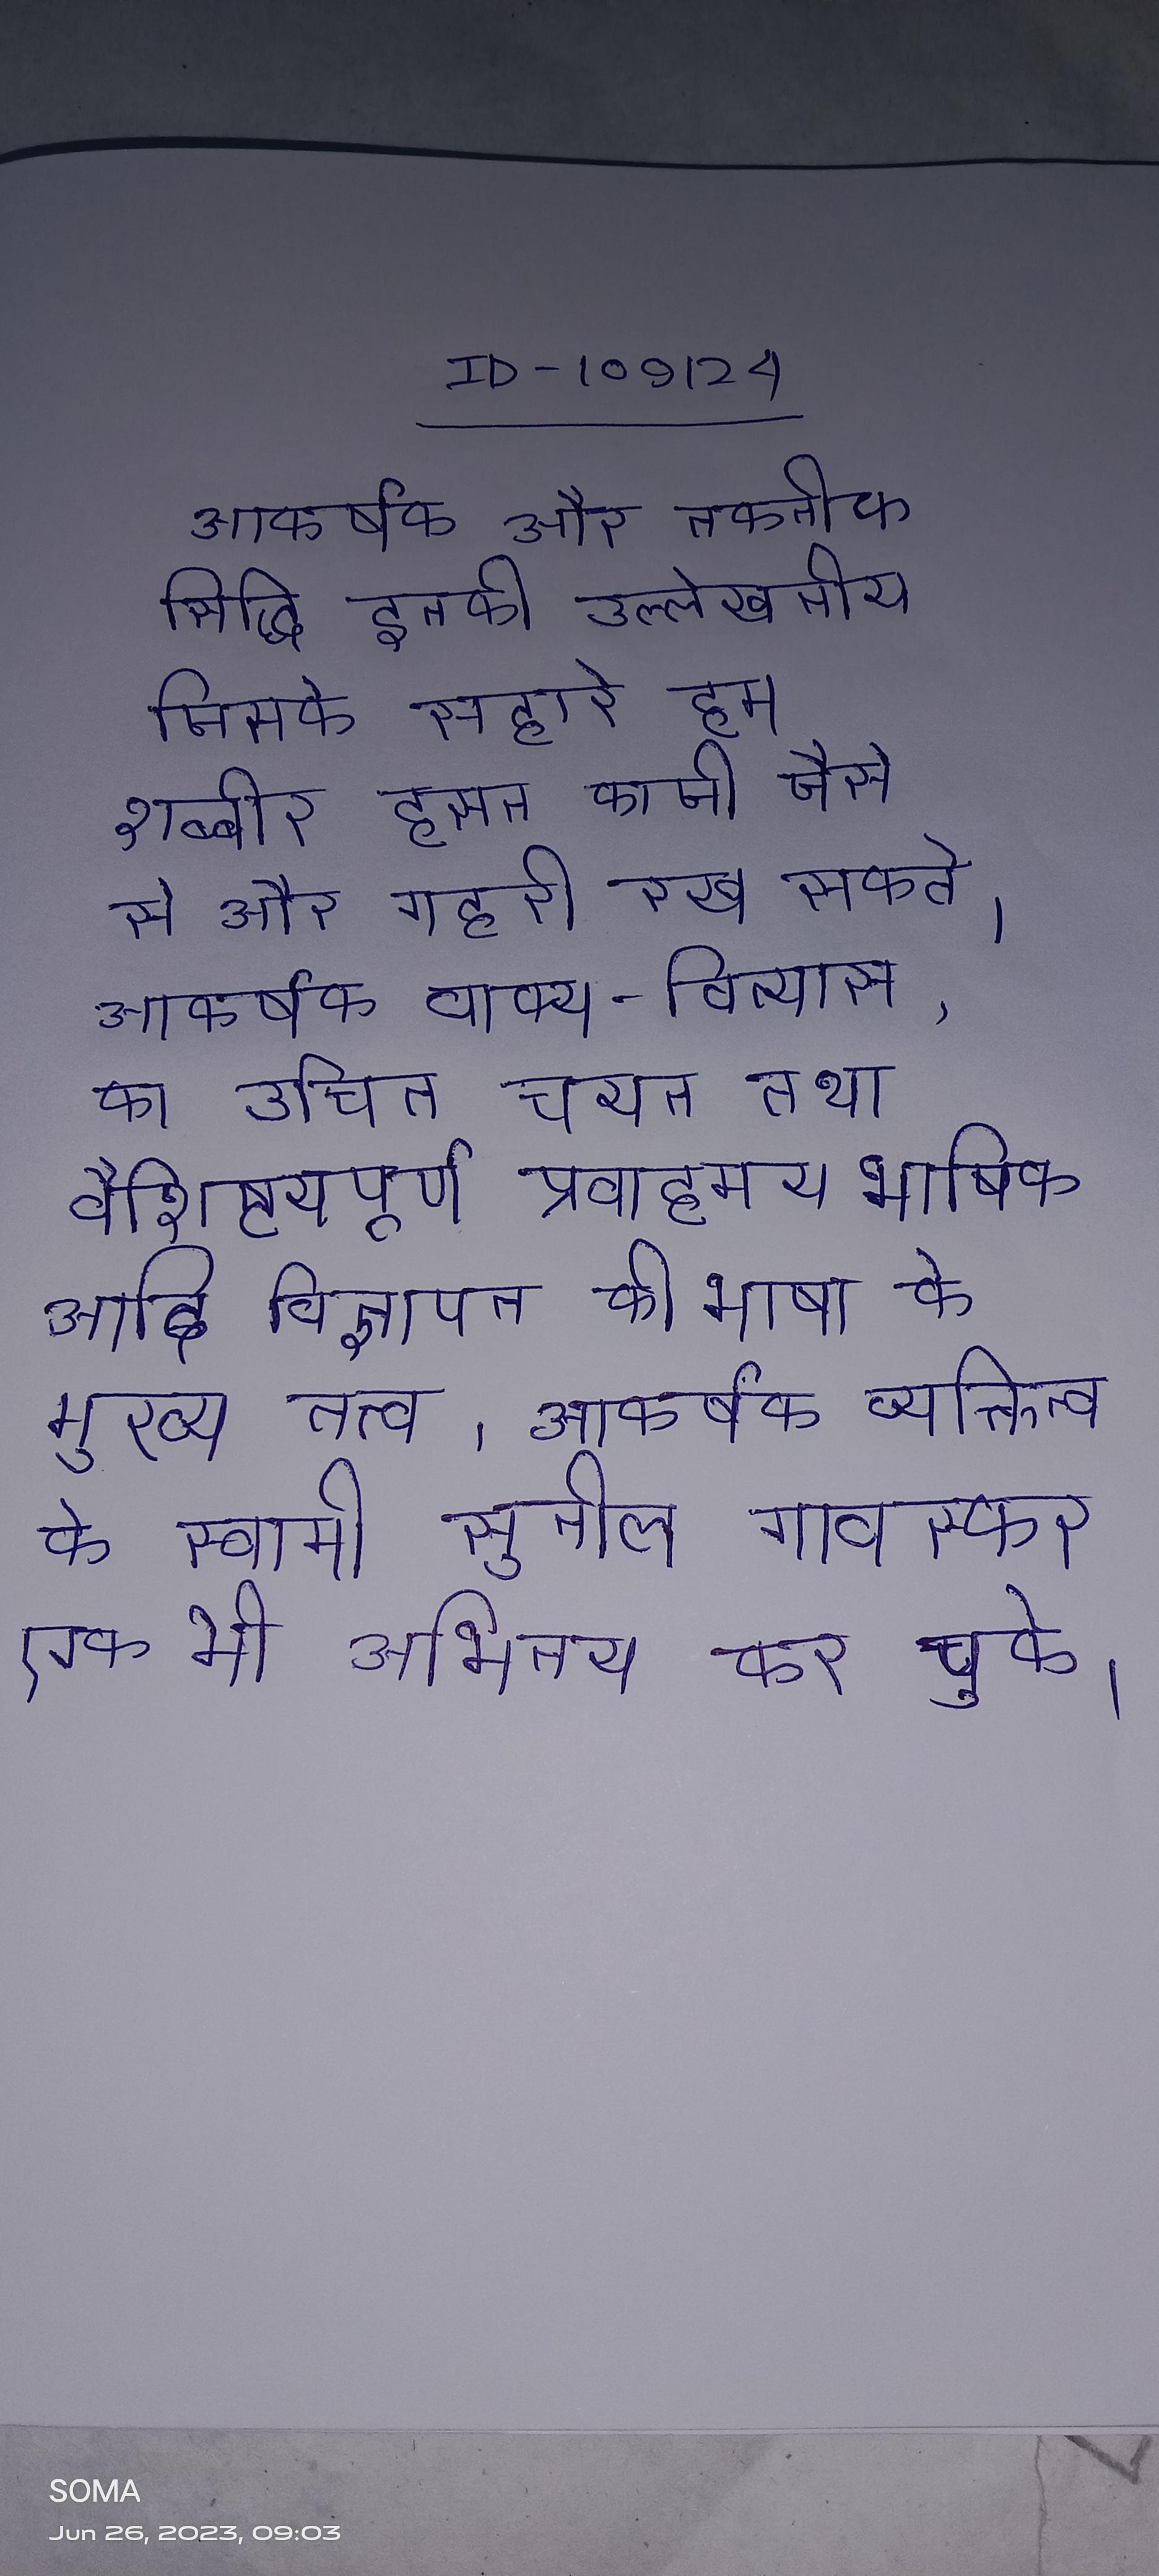
आकर्षक और तकनीक सिद्धि इनकी उल्लेखनीय जिसके सहारे हम शब्बीर हसन काजी जैसे से और गहरी रख सकते । आकर्षक वाक्य-विन्यास, का उचित चयन तथा वैशिष्टयपूर्ण प्रवाहमय भाषिक आदि विज्ञापन की भाषा के मुख्य तत्त्व । आकर्षक व्यक्तित्व के स्वामी सुनील गावस्कर एक भी अभिनय कर चुके ।